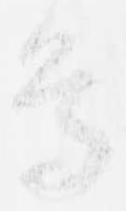
鳥